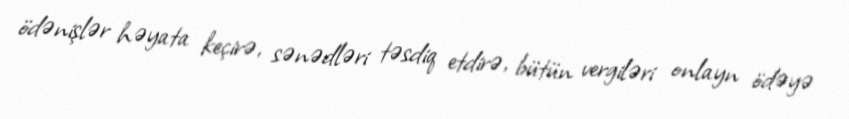
ödənişlər həyata keçirə, sənədləri təsdiq etdirə, bütün vergiləri onlayn ödəyə